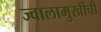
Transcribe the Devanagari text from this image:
ज्वालामुखींची